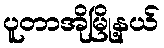
ပူတာအိုမြို့နယ်